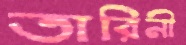
তারিনী